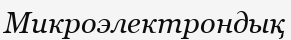
Микроэлектрондық